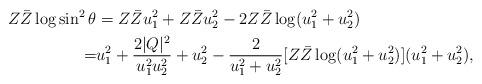
LaTeX: \begin{align*}Z\bar Z\log\sin^2\theta & = Z\bar Zu_1^2 + Z\bar Zu_2^2 - 2Z\bar Z\log(u_1^2+u_2^2)\\ = & u_1^2 + \frac{2|Q|^2}{u_1^2u_2^2} + u_2^2 - \frac{2}{u_1^2+u_2^2}[Z\bar Z\log (u_1^2+u_2^2)](u_1^2+u_2^2),\end{align*}